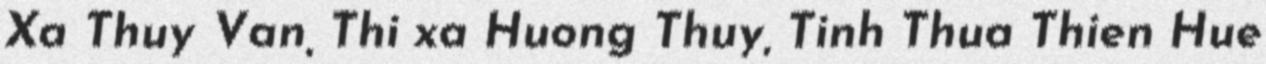
Xa Thuy Van, Thi xa Huong Thuy, Tinh Thua Thien Hue